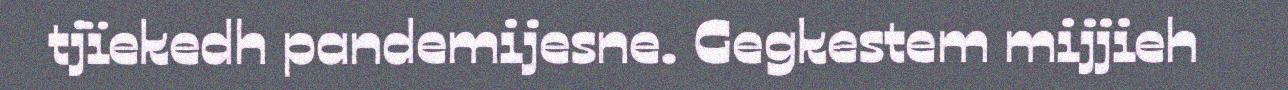
tjïekedh pandemijesne. Gegkestem mijjieh